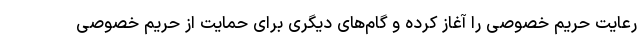
رعایت حریم خصوصی را آغاز کرده و گام‌های دیگری برای حمایت از حریم خصوصی